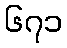
၆၇၁